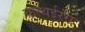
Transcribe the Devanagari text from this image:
कत्थईरंग